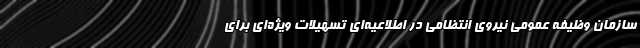
سازمان وظیفه عمومی نیروی انتظامی در اطلاعیه‌ای تسهیلات ویژه‌ای برای